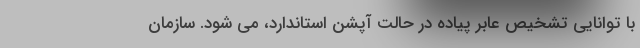
با توانایی تشخیص عابر پیاده در حالت آپشن استاندارد، می شود. سازمان